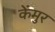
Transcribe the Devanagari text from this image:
केंमुर